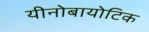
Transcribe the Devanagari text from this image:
यीनोबायोटिक